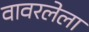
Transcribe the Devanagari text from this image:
वावरलेला